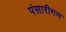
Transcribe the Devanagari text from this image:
पंसारीगण